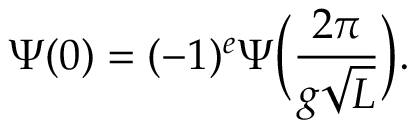
\Psi ( 0 ) = ( - 1 ) ^ { e } \Psi \bigg ( \frac { 2 \pi } { g \sqrt L } \bigg ) .